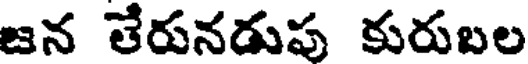
జన తేరునడుపు కురుబల